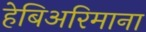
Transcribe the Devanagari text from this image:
हेबिअरिमाना